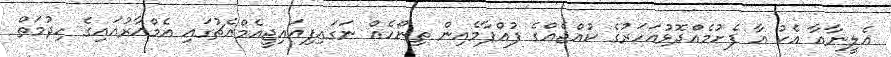
އެލީނާއާ އެކު އާ ފެށުމެއްދޮޅުއަހަރުގެ ކުއްޖެއްގެ ފުއްޕާމެއިން ތިނޯހެއް ނަގައިފިއައިޖީއެމްއެޗުގައި އެމްއާރުއައިގެ ހިދުމަތް